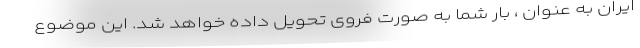
ایران به عنوان ، بار شما به صورت فروی تحویل داده خواهد شد. این موضوع